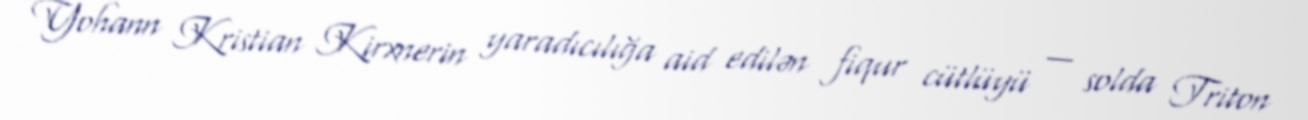
Yohann Kristian Kirxnerin yaradıcılığa aid edilən fiqur cütlüyü — solda Triton